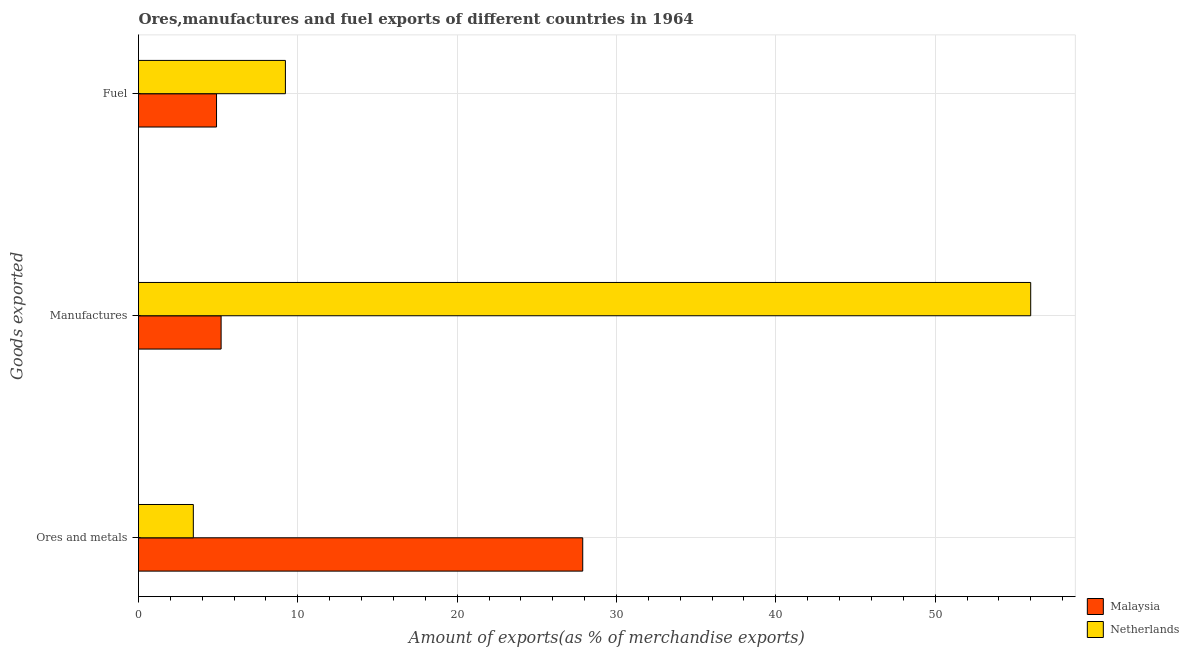
| Goods exported | Malaysia | Netherlands |
 | --- | --- | --- |
 | Ores and metals | 27.9 | 3.44 |
 | Manufactures | 5.18 | 56 |
 | Fuel | 4.9 | 9.22 |